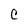
Character: C